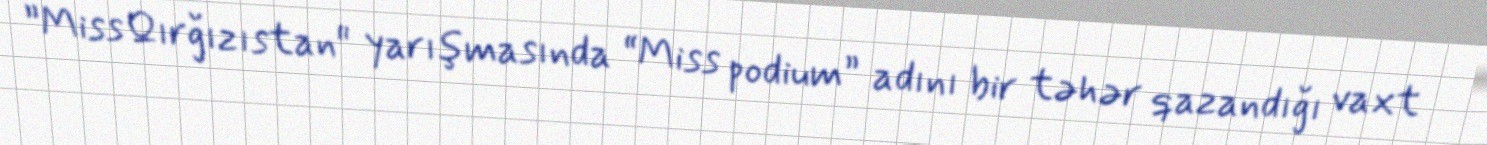
”Miss Qırğızıstan" yarışmasında “Miss podium” adını bir təhər qazandığı vaxt